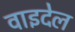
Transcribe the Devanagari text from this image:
वाइदेल